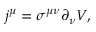
j ^ { \mu } = \sigma ^ { \mu \nu } \partial _ { \nu } V ,